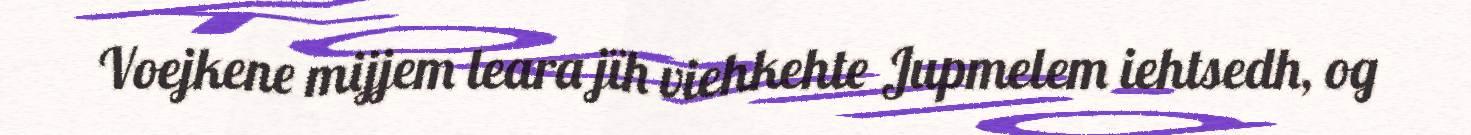
Voejkene mijjem leara jïh viehkehte Jupmelem iehtsedh, og